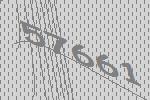
57661